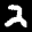
Label: 2